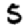
Digit: 5